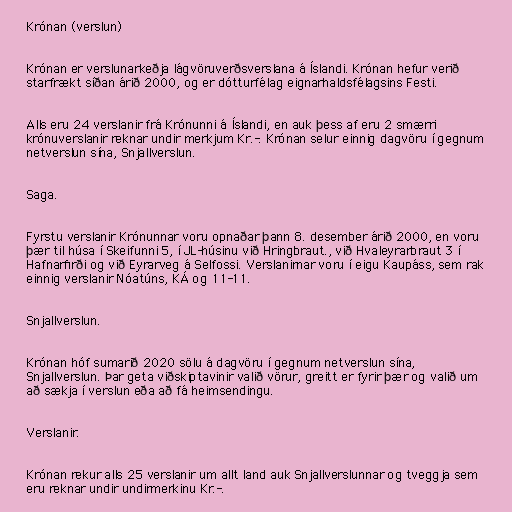
Krónan (verslun)

Krónan er verslunarkeðja lágvöruverðsverslana á Íslandi. Krónan hefur verið
starfrækt síðan árið 2000, og er dótturfélag eignarhaldsfélagsins Festi.

Alls eru 24 verslanir frá Krónunni á Íslandi, en auk þess af eru 2 smærri
krónuverslanir reknar undir merkjum Kr.-. Krónan selur einnig dagvöru í gegnum
netverslun sína, Snjallverslun.

Saga.

Fyrstu verslanir Krónunnar voru opnaðar þann 8. desember árið 2000, en voru
þær til húsa í Skeifunni 5, í JL-húsinu við Hringbraut., við Hvaleyrarbraut 3 í
Hafnarfirði og við Eyrarveg á Selfossi. Verslanirnar voru í eigu Kaupáss, sem rak
einnig verslanir Nóatúns, KÁ og 11-11.

Snjallverslun.

Krónan hóf sumarið 2020 sölu á dagvöru í gegnum netverslun sína,
Snjallverslun. Þar geta viðskiptavinir valið vörur, greitt er fyrir þær og valið um
að sækja í verslun eða að fá heimsendingu.

Verslanir.

Krónan rekur alls 25 verslanir um allt land auk Snjallverslunnar og tveggja sem
eru reknar undir undirmerkinu Kr.-.